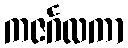
ကဇင်္ဂလကာ